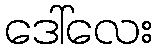
ဒေါ်လေး